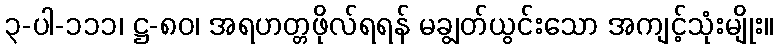
၃-ပါ-၁၁၁၊ ဋ္ဌ-၈၀၊ အရဟတ္တဖိုလ်ရရန် မချွတ်ယွင်းသော အကျင့်သုံးမျိုး။